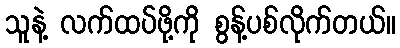
သူနဲ့ လက်ထပ်ဖို့ကို စွန့်ပစ်လိုက်တယ်။